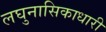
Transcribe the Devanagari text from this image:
लघुनासिकाधारी